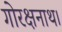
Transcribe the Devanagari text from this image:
गोरक्षनाथ।